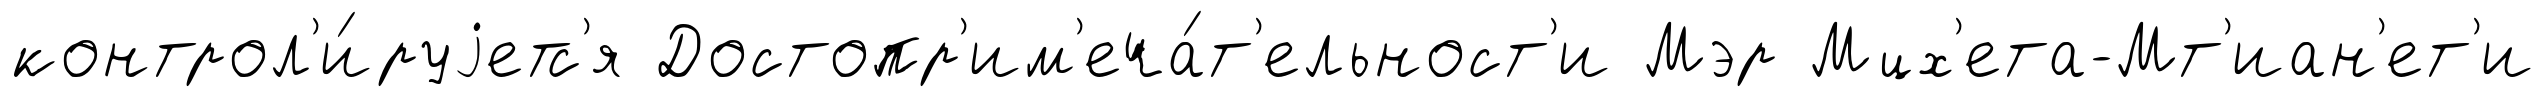
контрол'и́руjетс'я Достопр'им'еча́т'ельност'и Мэр Мцх'ета-Мт'иан'ет'и